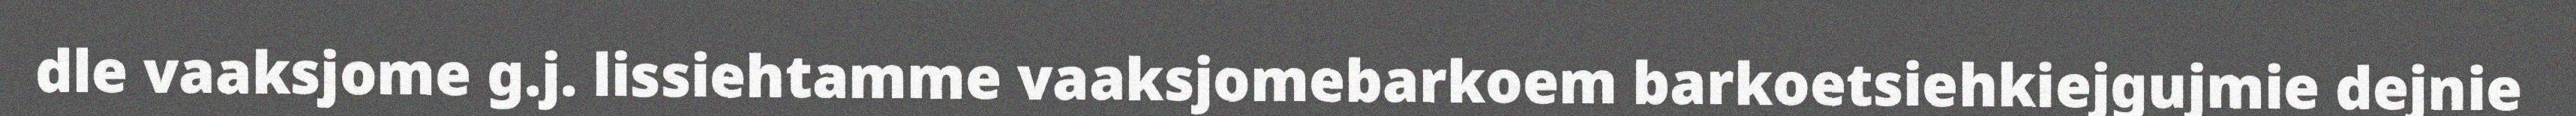
dle vaaksjome g.j. lissiehtamme vaaksjomebarkoem barkoetsiehkiejgujmie dejnie